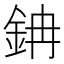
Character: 䤡